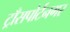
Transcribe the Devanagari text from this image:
ट्राँसपोर्टनगर